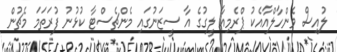
ލުއިސް ވެންހާލްއާއެކު ޕްރެމިއާ ލީގުގެ އާ ސީޒަނުގައި މެންޗެސްޓާ ކުޅުނު ފުރަތަމަ މެޗުން